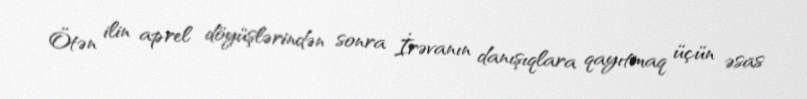
Ötən ilin aprel döyüşlərindən sonra İrəvanın danışıqlara qayıtmaq üçün əsas